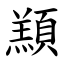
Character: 䫞